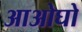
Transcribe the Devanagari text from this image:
आओघो